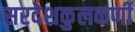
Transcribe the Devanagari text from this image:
सरदेशकुलकर्णी